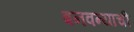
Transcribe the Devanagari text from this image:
बनवन्याची